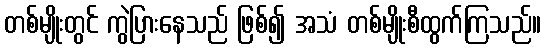
တစ်မျိုးတွင် ကွဲပြားနေသည် ဖြစ်၍ အသံ တစ်မျိုးစီထွက်ကြသည်။